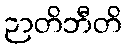
ဉာတိဘီတိ